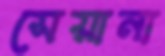
সেয়ানা